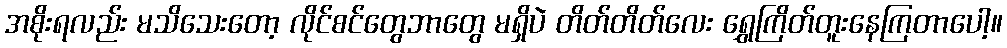
အစိုးရလည်း မသိသေးတော့ လိုင်စင်တွေဘာတွေ မရှိပဲ တိတ်တိတ်လေး ရွှေကြိတ်တူးနေကြတာပေါ့။